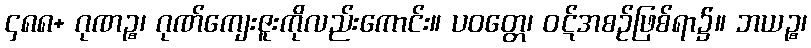
၄၈၈+ ဂုဏဉ္စ၊ ဂုဏ်ကျေးဇူးကိုလည်းကောင်း။ ပဝတ္တေ၊ ဝဋ်အစဉ်ဖြစ်ရာ၌။ ဘယဉ္စ၊